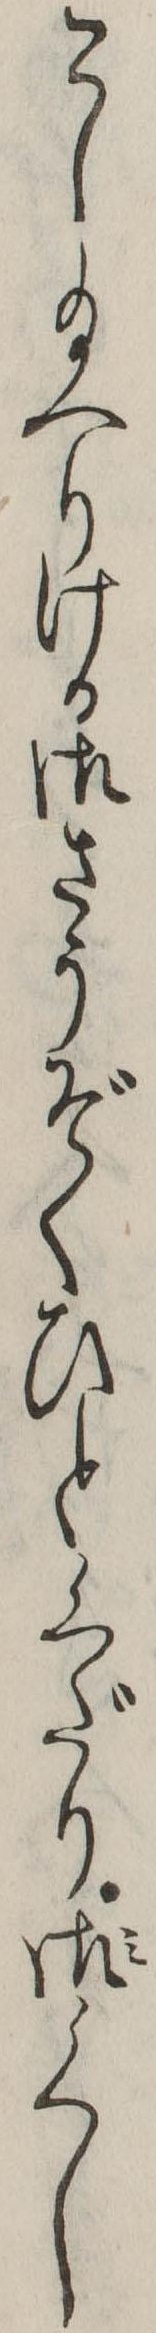
こし給へりける御さうぞくひとくだり御くし